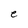
Character: e